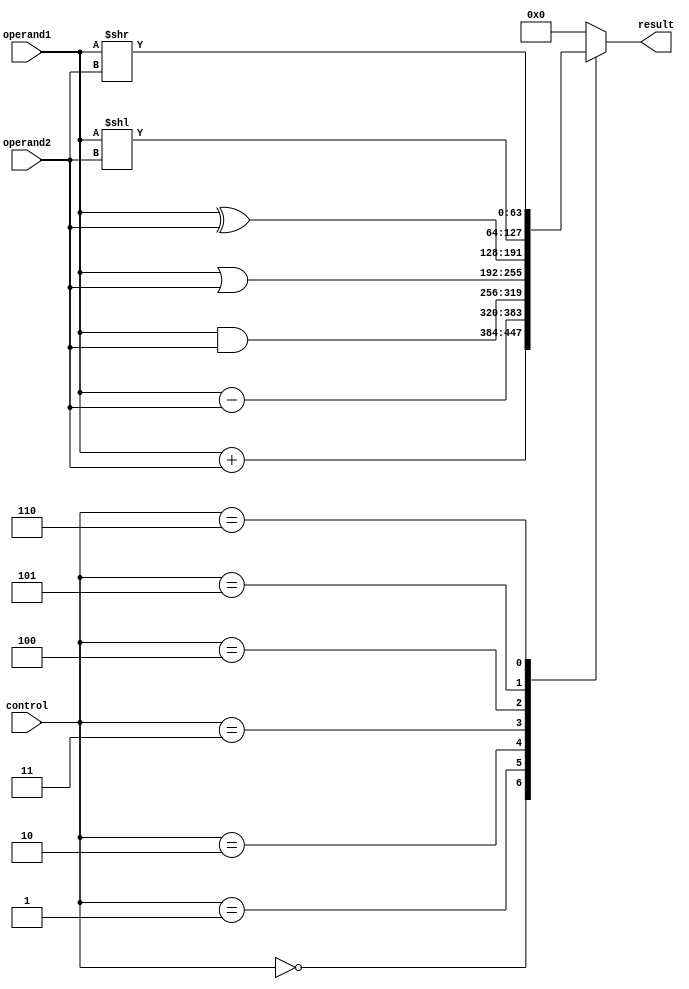
module ALU_64bit (
    input [63:0] operand1,
    input [63:0] operand2,
    input [2:0] control,
    output reg [63:0] result
);

always @(*)
begin
    case(control)
        3'b000: result = operand1 + operand2; // addition
        3'b001: result = operand1 - operand2; // subtraction
        3'b010: result = operand1 & operand2; // bitwise AND
        3'b011: result = operand1 | operand2; // bitwise OR
        3'b100: result = operand1 ^ operand2; // bitwise XOR
        3'b101: result = operand1 << operand2; // left shift
        3'b110: result = operand1 >> operand2; // right shift
        default: result = 64'b0; // default to 0
    endcase
end

endmodule